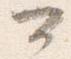
可